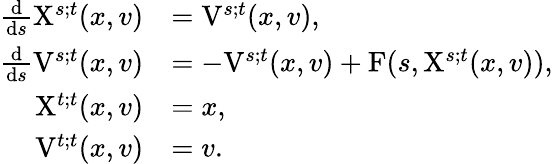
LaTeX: \begin{array}{rl}{\frac{\mathrm{d}}{\mathrm{d}s}\mathrm{X}^{s;t}(x,v)}&{=\mathrm{V}^{s;t}(x,v),}\\ {\frac{\mathrm{d}}{\mathrm{d}s}\mathrm{V}^{s;t}(x,v)}&{=-\mathrm{V}^{s;t}(x,v)+\mathrm{F}(s,\mathrm{X}^{s;t}(x,v)),}\\ {\mathrm{X}^{t;t}(x,v)}&{=x,}\\ {\mathrm{V}^{t;t}(x,v)}&{=v.}\end{array}